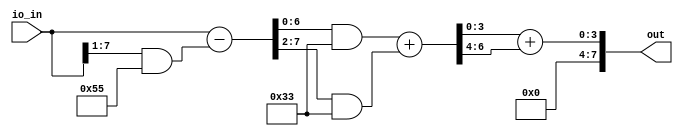
// This program was cloned from: https://github.com/sarfrazenator/Sarfraz_TinyTapeout
// License: Apache License 2.0

module user_module_341497964482527828(
  input wire [7:0] io_in,
  output wire [7:0] out
);
  wire [7:0] io_in__1;
  wire [6:0] add_121;
  wire [3:0] add_127;
  assign io_in__1 = io_in - ({1'h0, io_in[7:1]} & 8'h55);
  assign add_121 = (io_in__1[6:0] & 7'h33) + ({1'h0, io_in__1[7:2]} & 7'h33);
  assign add_127 = add_121[3:0] + {1'h0, add_121[6:4]};
  assign out = {4'h0, add_127};
endmodule